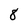
Character: 8